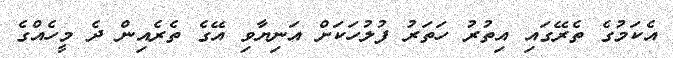
އެކަމުގެ ތެރޭގައި އިތުރު ހަތަރު ފުލުހަކަށް އަނިޔާވި އޭގެ ތެރެއިން ދެ މީހެއްގެ